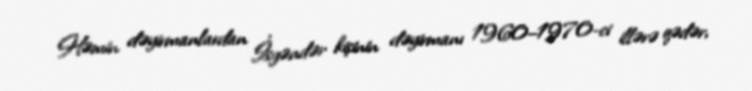
Həmin dəyirmanlardan İsgəndər kişinin dəyirmanı 1960–1970-ci illərə qədər,